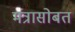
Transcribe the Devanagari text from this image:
मंत्रासोबत